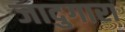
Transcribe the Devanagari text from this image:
जादुगारा